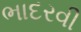
ભાદરવી